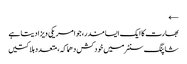
←
بھارت کا ایک ایسا مندر، جو امریکی ویزا دیتا ہے
شاپنگ سنٹرمیں خودکش دھماکہ، متعدد ہلاکتیں